Indian journal of veterinary science and animal husbandry - Volume 8,
Year: 1938
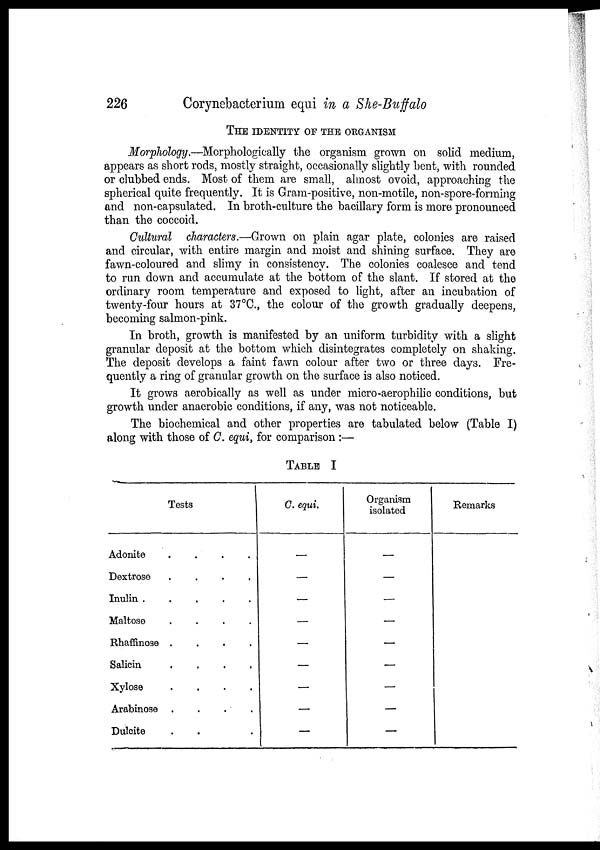
226
Corynebacterium equi in a She-Buffalo
THE IDENTITY OF THE ORGANISM
Morphology.—Morphologically the organism grown on solid medium,
appears as short rods, mostly straight, occasionally slightly bent, with rounded
or clubbed ends. Most of them are small, almost ovoid, approaching the
spherical quite frequently. It is Gram-positive, non-motile, non-spore-forming
and non-capsulated. In broth-culture the bacillary form is more pronounced
than the coccoid.
Cultural characters.—Grown on plain agar plate, colonies are raised
and circular, with entire margin and moist and shining surface. They are
fawn-coloured and slimy in consistency. The colonies coalesce and tend
to run down and accumulate at the bottom of the slant. If stored at the
ordinary room temperature and exposed to light, after an incubation of
twenty-four hours at 37°C., the colour of the growth gradually deepens,
becoming salmon-pink.
In broth, growth is manifested by an uniform turbidity with a slight
granular deposit at the bottom which disintegrates completely on shaking.
The deposit develops a faint fawn colour after two or three days. Fre-
quently a ring of granular growth on the surface is also noticed.
It grows aerobically as well as under micro-aerophilic conditions, but
growth under anaerobic conditions, if any, was not noticeable.
The biochemical and other properties are tabulated below (Table I)
along with those of C. equi, for comparison :—
TABLE I
Tests
Adonite . . . .
Dextrose . . . .
Inulin . . . .
Maltose . . . .
Rhaffinose . . . .
Salicin . . . .
Xylose . . . .
Arabinose . . . .
Dulcite . . . .
C. equi.
—
—
—
—
—
—
—
—
—
Organism
isolated
—
—
—
—
—
—
—
—
—
Remarks